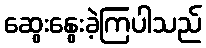
ဆွေးနွေးခဲ့ကြပါသည်